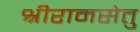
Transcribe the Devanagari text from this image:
श्रीरामसेतु